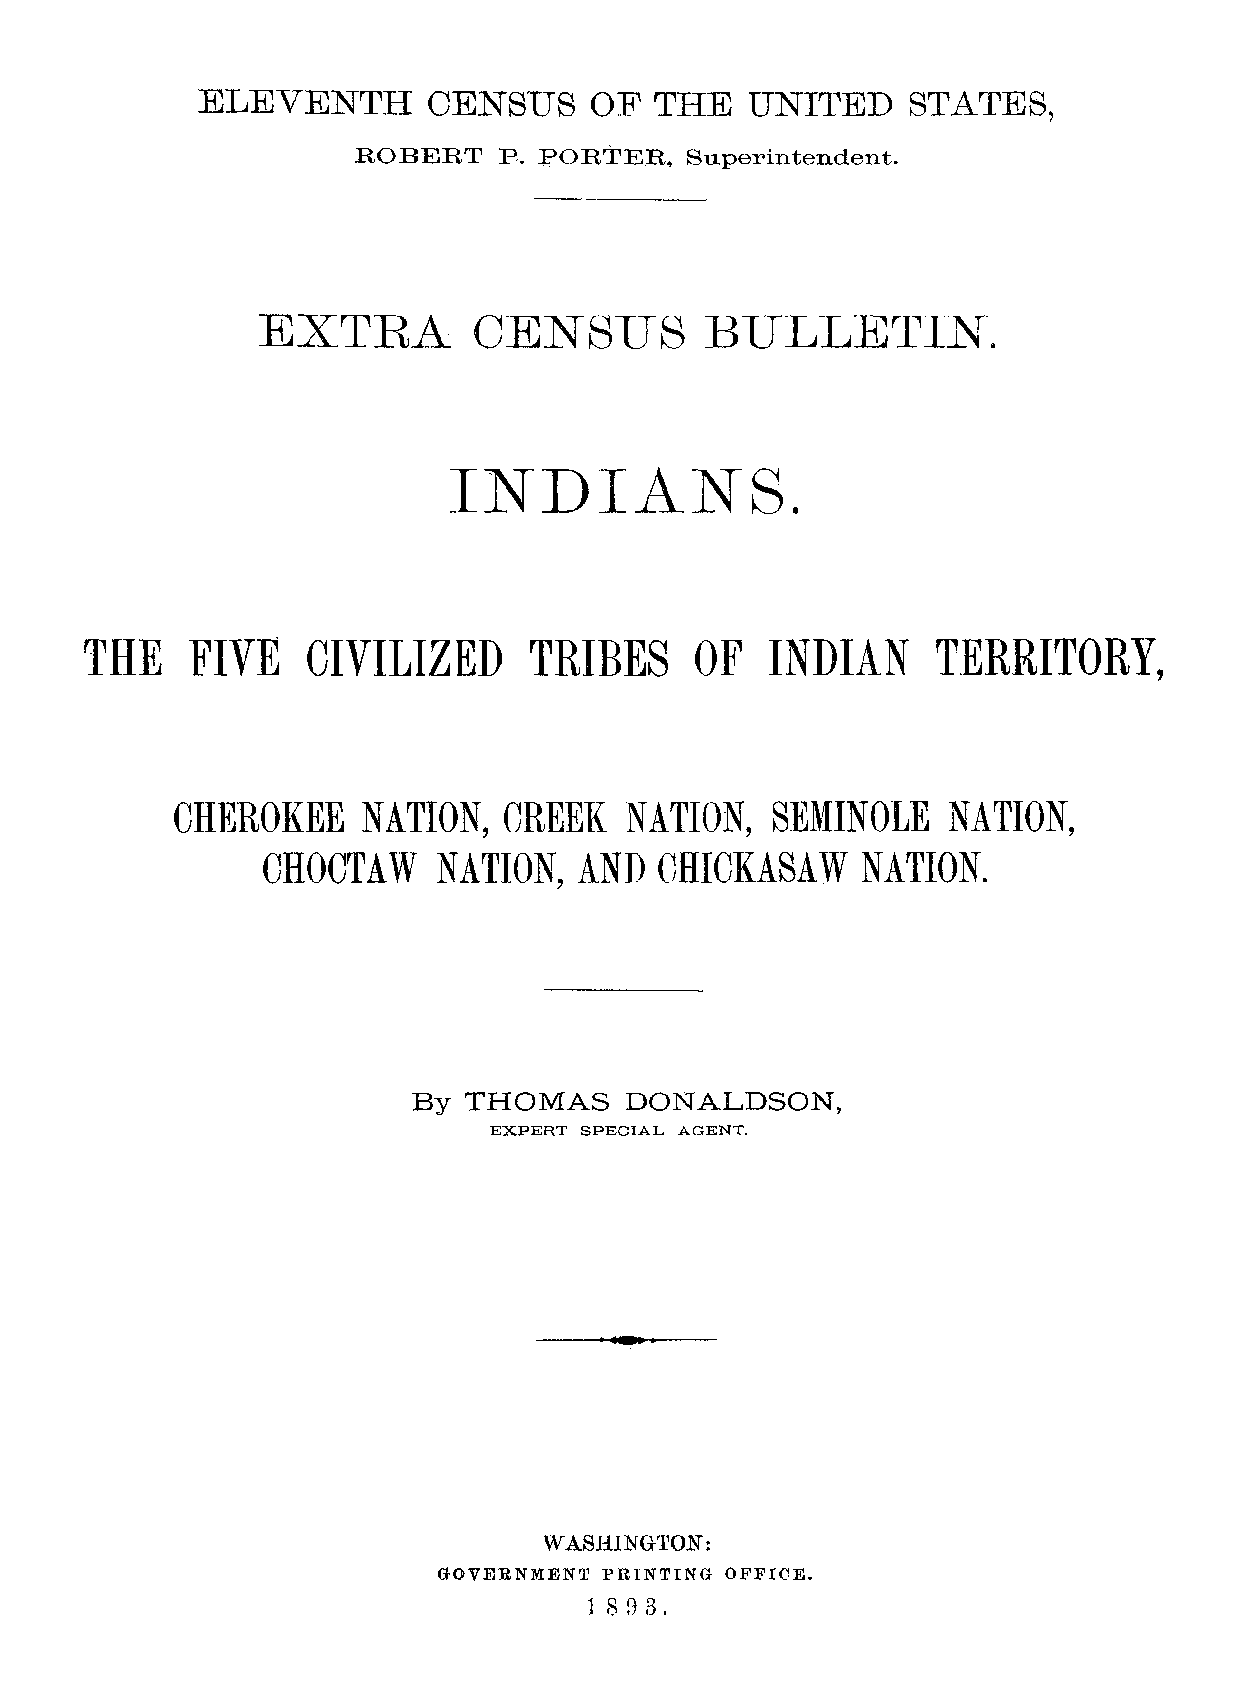
ELEVENTH       CENSUS     OF  THE   UNITED     STATES,
 ROBERT    p. PORTER,  Superintendent.
 EXTRA         CENSUS          BULLETIN.
 INDIANS.
 THE    FIVE    CIVILIZED      TRIBES     OF   INDIAN     TERRITORY,
 CHEROKEE    NATION,  CREEK   NATION,   SEMINOLE    NATION,
 CHOCTAW     NATION,  AND   CHICKASAW    NATION.
 By  THOMAS    DONALDSON,
 EXPERT SPECIAL AOENT.
 WASHINGTON:
 GOVERNMENT PRINTING OFFICE.
 1 SB 3.